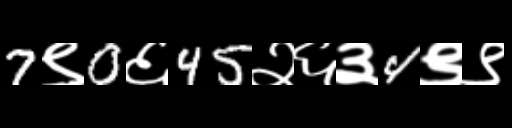
Text: 7९0६45२६३4९९